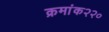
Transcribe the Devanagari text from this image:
क्रमांक२२०